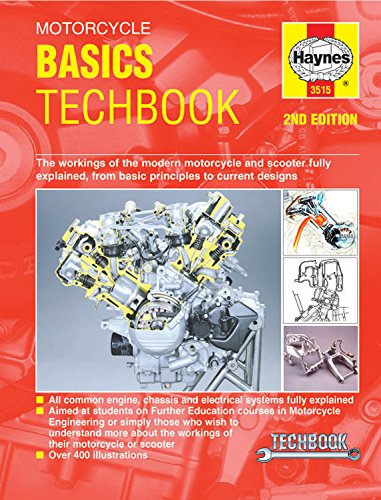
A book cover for Motorcycle Basics Techbook; Editors of Haynes Manuals; Engineering & Transportation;